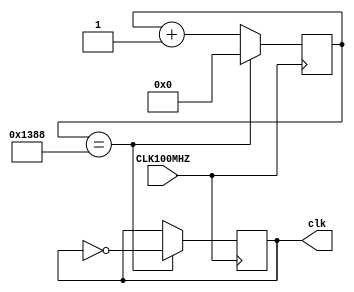
`timescale 1ns/1ps
module devider(input CLK100MHZ,
     output reg clk
     );
     parameter [31:0]N = 5000;//10000Hz
     reg [31:0]count = 0;
     initial clk = 0;
     initial count = 0;
     always @(posedge CLK100MHZ)
        if(count == N)
            begin
                count = 0;
                clk = ~clk;
            end
        else count = count + 1;
endmodule